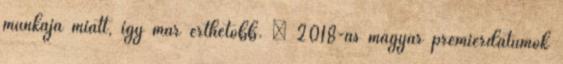
munkája miatt, így már érthetőbb. – 2018-as magyar premierdátumok